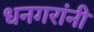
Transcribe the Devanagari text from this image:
धनगरांनी